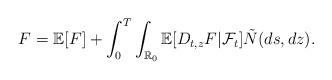
LaTeX: \begin{align*} F=\mathbb{E}[F]+\int_0^T\int_{\mathbb{R}_0}\mathbb{E}[D_{t,z}F|\mathcal{F}_t]\tilde{N}(ds,dz). \end{align*}